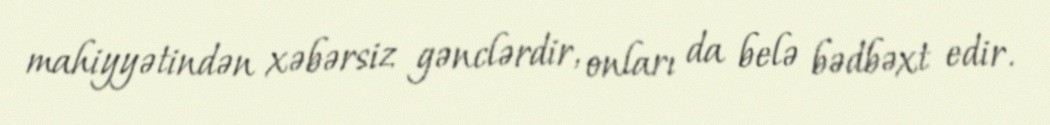
mahiyyətindən xəbərsiz gənclərdir, onları da belə bədbəxt edir.